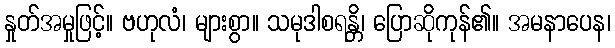
နှုတ်အမှုဖြင့်။ ဗဟုလံ၊ များစွာ။ သမုဒါစရန္တိ၊ ပြောဆိုကုန်၏။ အမနာပေန၊